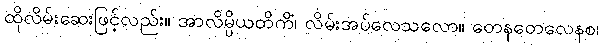
ထိုလိမ်းဆေးဖြင့်လည်း။ အာလိမ္ပိယတိကိံ၊ လိမ်းအပ်လေသလော။ တေနတေလေနစ၊